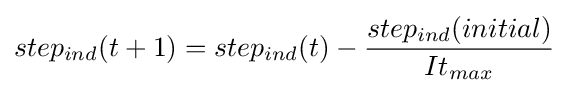
step_{ind}(t+1)=step_{ind}(t)-{\frac {step_{ind}(initial)}{It_{max}}}